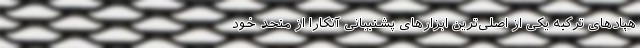
هپادهای ترکیه یکی از اصلی‌ترین ابزارهای پشتیبانی آنکارا از متحد خود